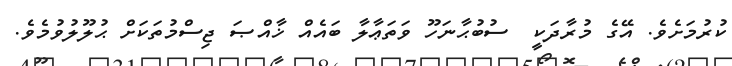
ކުރުމަށެވެ. އޭގެ މުރާދަކީ  ސުބުޙާނަހޫ ވަތަޢާލާ ބައެއް ޚާއްޞަ ޖިސްމުތަކަށް ޙުލޫލުވުމެވެ.